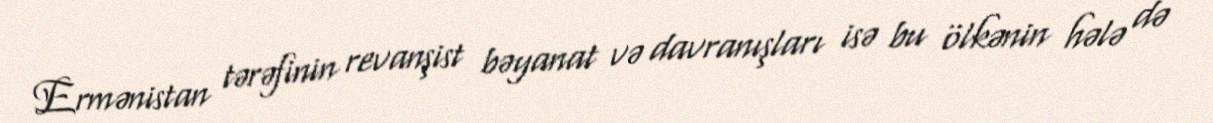
Ermənistan tərəfinin revanşist bəyanat və davranışları isə bu ölkənin hələ də